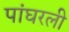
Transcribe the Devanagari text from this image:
पांघरली